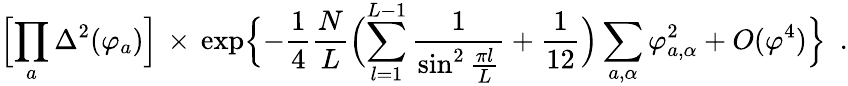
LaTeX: \Bigl[\prod_{a}\Delta^{2}(\varphi_{a})\Bigr]\, \times\, \exp\Bigl\{ -{\frac{1}{4}}{\frac{N}{L}}\Bigl(\sum_{l=1}^{L-1}{\frac{1}{\sin^{2}{\frac{\pi l}{L}}}}+{\frac{1}{12}}\Bigr)\sum_{a,\alpha}\varphi_{a,\alpha}^{2}+O(\varphi^{4})\Bigr\} ~~.